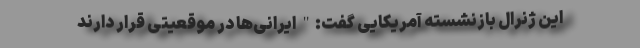
این ژنرال بازنشسته آمریکایی گفت:" ایرانی‌ها در موقعیتی قرار دارند